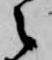
之